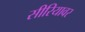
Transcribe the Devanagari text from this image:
सीरियावर